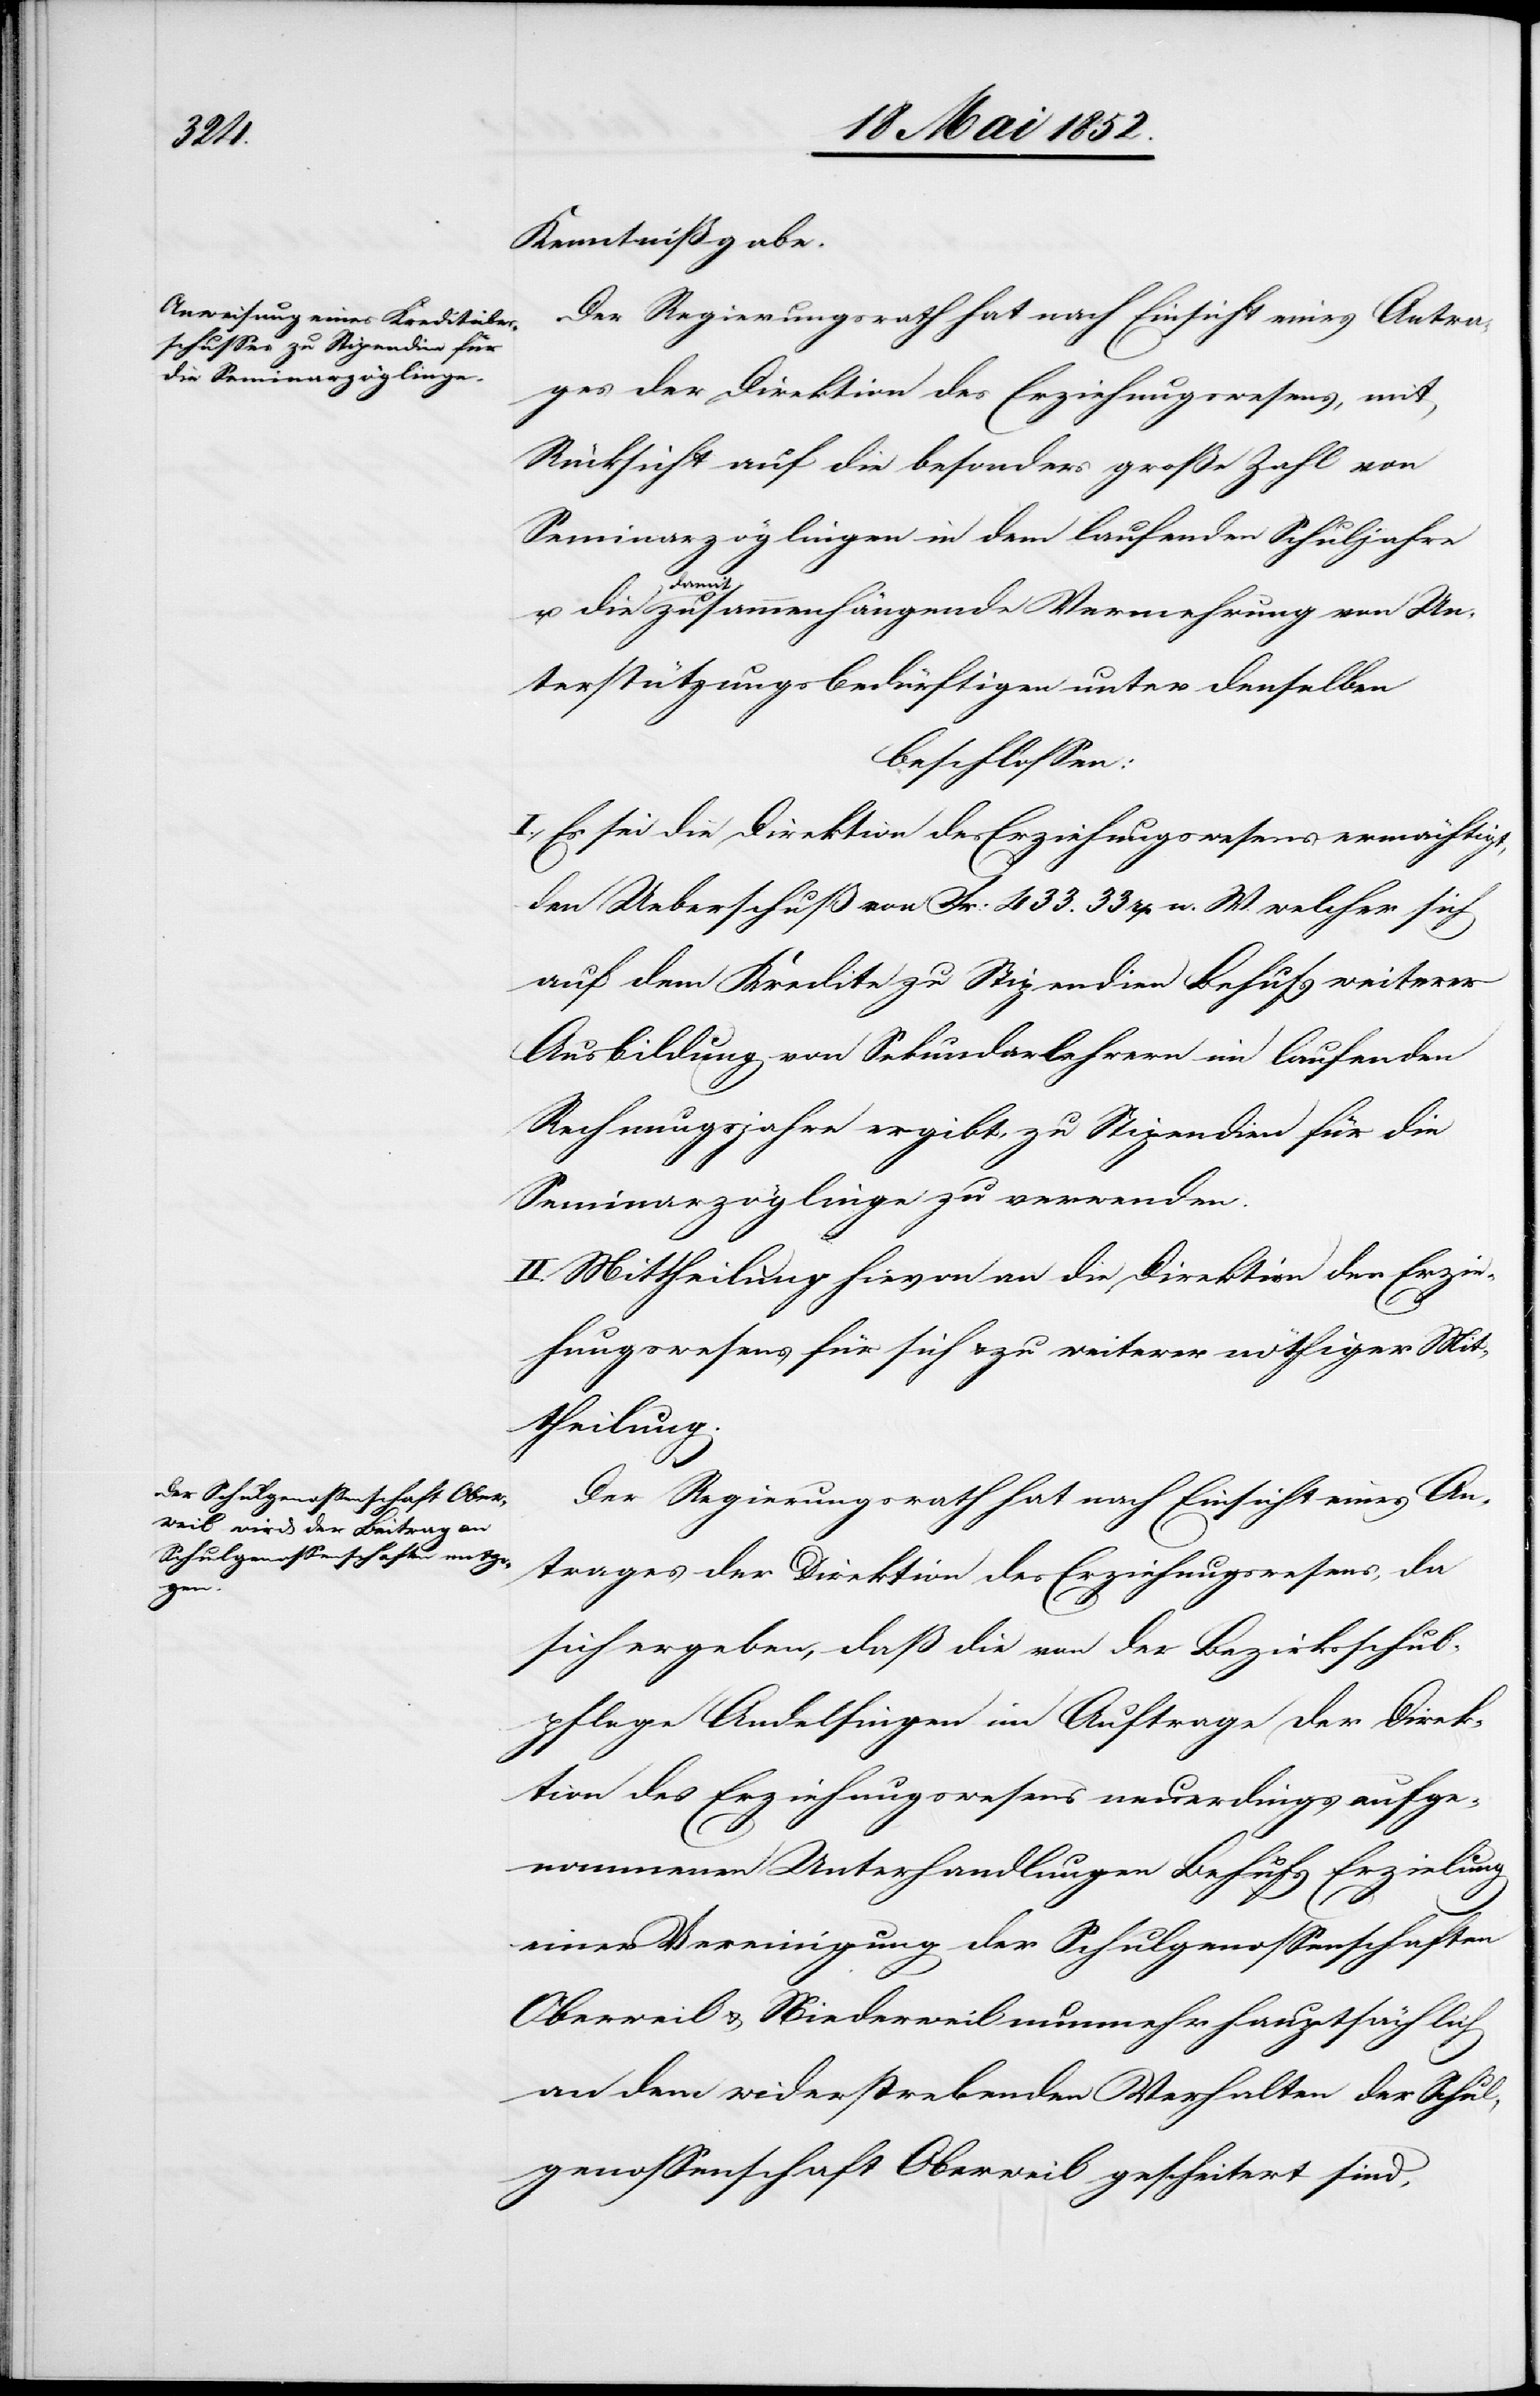
Kenntnißgabe.
Der Regierungsrath hat nach Einsicht eines Antra¬
ges der Direktion des Erziehungswesens, mit
Rücksicht auf die besonders große Zahl von
Seminarzöglingen in dem laufenden Schuljahre
dam¬
it zusammenhängende Vermehrung von Un¬
terstützungsbedürftigen unter denselben
beschlossen:
I., Es sei die Direktion des Erziehungswesens ermächtigt,
den Ueberschuß von Fr: 433. 33 rp n. W. welcher sich
auf dem Kredite zu Stipendien Behufs weiterer
Ausbildung von Sekundarlehrern im laufenden
Rechnungsjahre ergibt, zu Stipendien für die
Seminarzöglinge zu verwenden.
II. Mittheilung hievon an die Direktion des Erzie¬
hungswesens für sich & zu weiterer nöthiger Mit¬
theilung.
Der Regierungsrath hat nach Einsicht eines An¬
trages der Direktion des Erziehungswesens, da
sich ergeben, daß die von der Bezirksschul¬
pflege Andelfingen im Auftrage der Direk¬
tion des Erziehungswesens neuerdings aufge¬
nommenen Unterhandlungen Behufs Erzielung
einer Vereinigung der Schulgenossenschaften
Oberweil & Niederweil nunmehr hauptsächlich
an dem widerstrebenden Verhalten der Schul¬
genossenschaft Oberweil gescheitert sind,